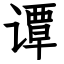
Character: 谭